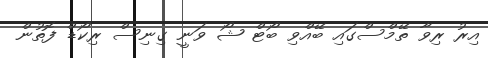
އިރު ރިވާ ތޭމްސްގައި ބޭއްވި ބޯޓް ޝޯ ވަނީ ގިނިސް ރިކޯޑް ފޮތުން